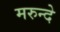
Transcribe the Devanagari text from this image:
मरुन्दे